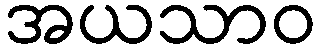
အယသာဝ